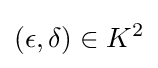
(\epsilon ,\delta )\in K^{2}